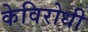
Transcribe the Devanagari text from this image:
केविरोधी